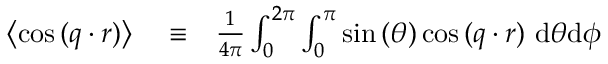
\begin{array} { r l r } { \left\langle \cos { ( \boldsymbol { q } \cdot \boldsymbol { r } ) } \right\rangle } & { { } \equiv } & { \frac { 1 } { 4 \pi } \int _ { 0 } ^ { 2 \pi } \int _ { 0 } ^ { \pi } \sin { ( \theta ) } \cos { ( \boldsymbol { q } \cdot \boldsymbol { r } ) } ~ \mathrm { d } \theta \mathrm { d } \phi } \end{array}